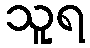
သူရ